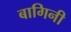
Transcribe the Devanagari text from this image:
बागिनी